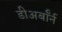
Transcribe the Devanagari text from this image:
डीअर्बॉर्न